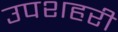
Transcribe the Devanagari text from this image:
उपशहरी